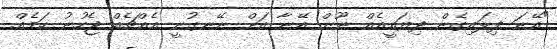
"އޭނަ ފިލައިގެން ދިޔައީއެއް ނޫން އޭނާ އަށް ނޭނގުނީ އެއްޗެއް ޖެހުނު ކަމެއް.